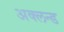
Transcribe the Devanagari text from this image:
अक्लन्ड